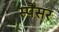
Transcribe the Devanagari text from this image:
स्पैंसर